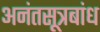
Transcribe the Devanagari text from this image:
अनंतसूत्रबांध